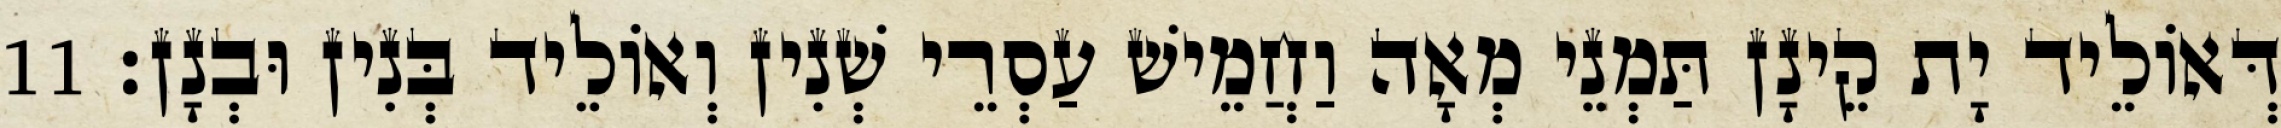
דְּאוֹלֵיד יָת קֵינָן תַּמְנֵי מְאָה וַחֲמֵישׁ עַסְרֵי שְׁנִין וְאוֹלֵיד בְּנִין וּבְנָן׃ 11